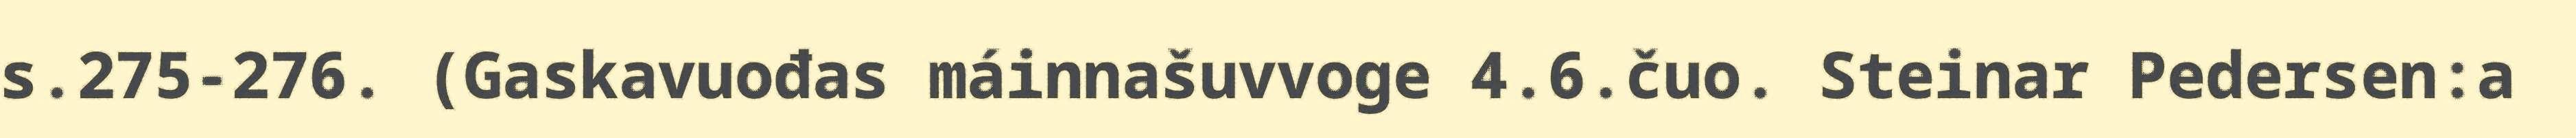
s.275-276. (Gaskavuođas máinnašuvvoge 4.6.čuo. Steinar Pedersen:a